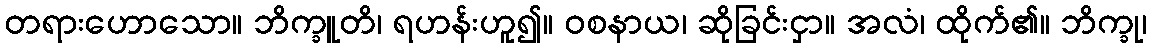
တရားဟောသော။ ဘိက္ခူတိ၊ ရဟန်းဟူ၍။ ဝစနာယ၊ ဆိုခြင်းငှာ။ အလံ၊ ထိုက်၏။ ဘိက္ခု၊